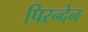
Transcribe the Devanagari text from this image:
पिरन्देन